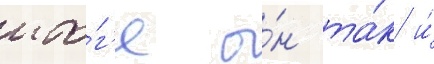
ито́г'е о́н та́к и́